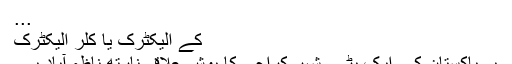
...
کے الیکٹرک یا کِلر الیکٹرک
یہ پاکستان کے ایک بڑے شہر کراچی کا پوش علاقہ نارتھ ناظم آباد ہے۔